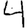
Digit: 4